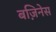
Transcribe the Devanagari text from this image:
बज़िनेस